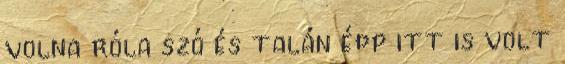
volna róla szó és talán épp itt is volt